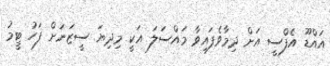
އައްޑޫ އެފްސީ އަށް ދިމާވެފައިވާ މައްސަލަ އަކީ މިދިޔަ ސީޒަނަށް ފަހު ޓީމު